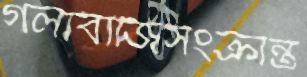
গলাবাজিসংক্রান্ত